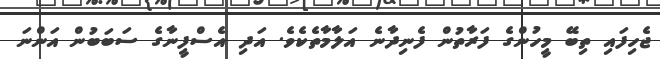
ޖެހިފައި ތިބޭ މީހުންގެ ފަރާތުން ފެނިދާނެ އަލާމާތެކެވެ. އަދި އެސްފީނާގެ ސަބަބުން އަންނަ